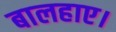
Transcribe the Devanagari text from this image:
बालहाए।